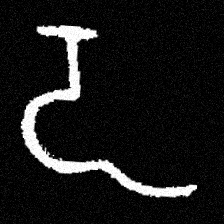
Pyu character \u2014 Myanmar letter: ဍ (romanized: dda)